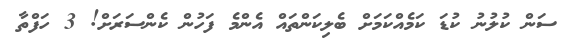
ސަން ކުލުނު ކުޑަ ކަމެއްކަމަށް ބެލިކަންތައް އެންމެ ފަހުން ކެންސަރަށް! 3 ހަފްތާ